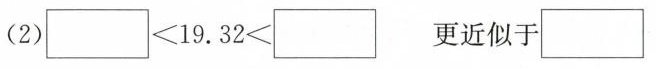
(2) $$□ ＜ 1 9 . 3 2 ＜ □ $$更近似于□